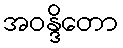
အဝန္ဒိတော